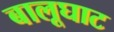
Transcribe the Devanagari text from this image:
बालूघाट